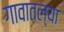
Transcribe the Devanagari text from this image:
गावातल्‍या